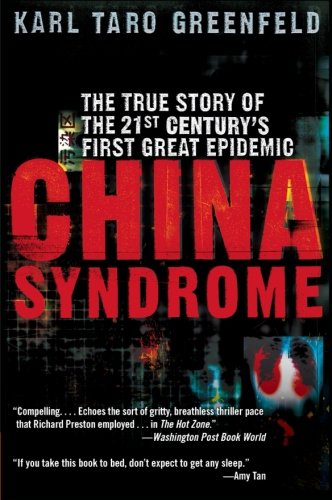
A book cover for China Syndrome: The True Story of the 21st Century's First Great Epidemic; Karl Taro Greenfeld; Health, Fitness & Dieting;